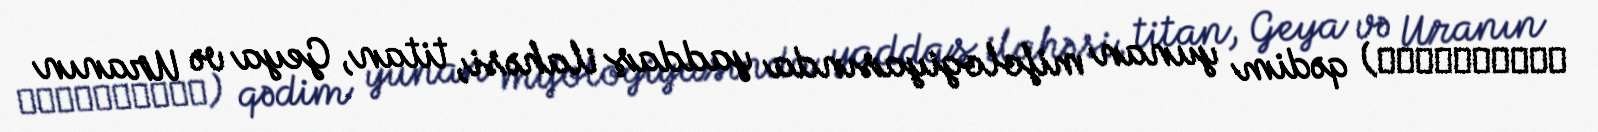
Μνημμοσύνη) qədim yunan mifologiyasında yaddaş ilahəsi, titan, Geya və Uranın